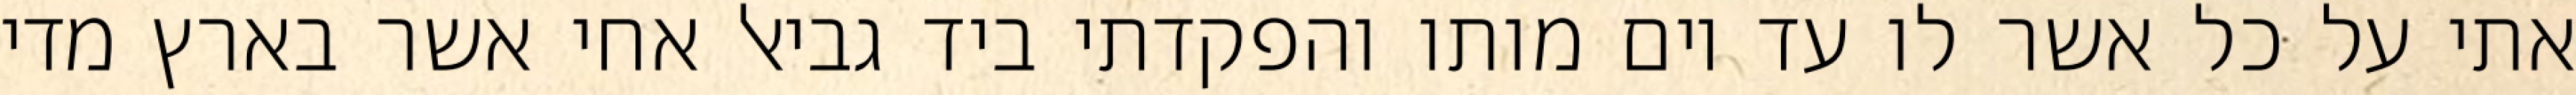
אתי על כל אשר לו עד יום מותו והפקדתי ביד גביאל אחי אשר בארץ מדי